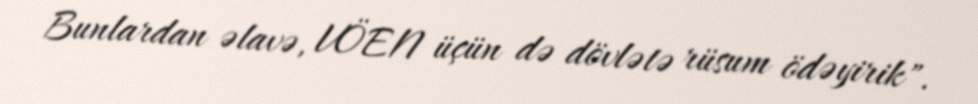
Bunlardan əlavə, VÖEN üçün də dövlətə rüsum ödəyirik".